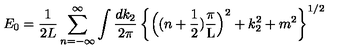
E _ { 0 } = \frac { 1 } { 2 L } \sum _ { n = - \infty } ^ { \infty } \int \frac { d k _ { 2 } } { 2 \pi } \left\{ \Big ( ( n + \mathrm { \frac { 1 } { 2 } } ) \mathrm { \frac { \pi } { L } } \Big ) ^ { 2 } + k _ { 2 } ^ { 2 } + m ^ { 2 } \right\} ^ { 1 / 2 }